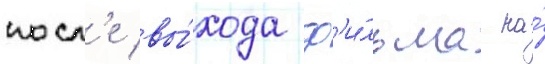
посл'е вы́хода ф'и́льма на́